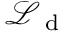
\mathcal { L } _ { \mathrm { ~ d ~ } }